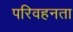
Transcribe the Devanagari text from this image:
परिवहनता